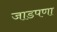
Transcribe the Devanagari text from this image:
जाडपणा